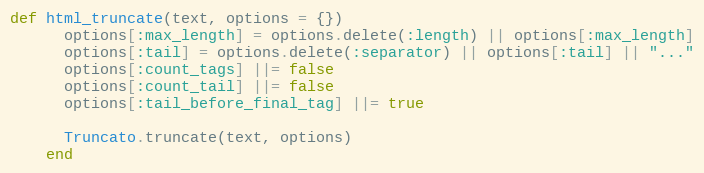
Language: Ruby
def html_truncate(text, options = {})
      options[:max_length] = options.delete(:length) || options[:max_length]
      options[:tail] = options.delete(:separator) || options[:tail] || "..."
      options[:count_tags] ||= false
      options[:count_tail] ||= false
      options[:tail_before_final_tag] ||= true

      Truncato.truncate(text, options)
    end